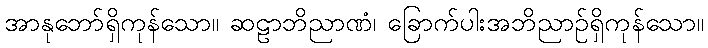
အာနုဘော်ရှိကုန်သော။ ဆဠာဘိညာဏံ၊ ခြောက်ပါးအဘိညာဉ်ရှိကုန်သော။